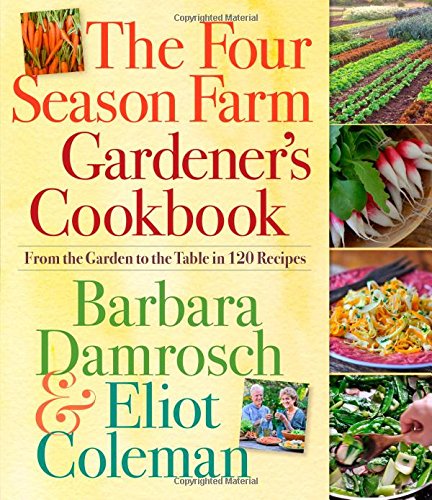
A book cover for The Four Season Farm Gardener's Cookbook; Barbara Damrosch; Cookbooks, Food & Wine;